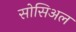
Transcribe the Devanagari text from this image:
सोसिअल